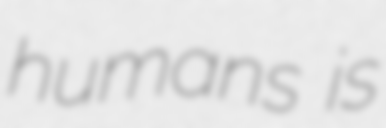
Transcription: humans is